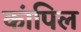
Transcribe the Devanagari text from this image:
कांपिल